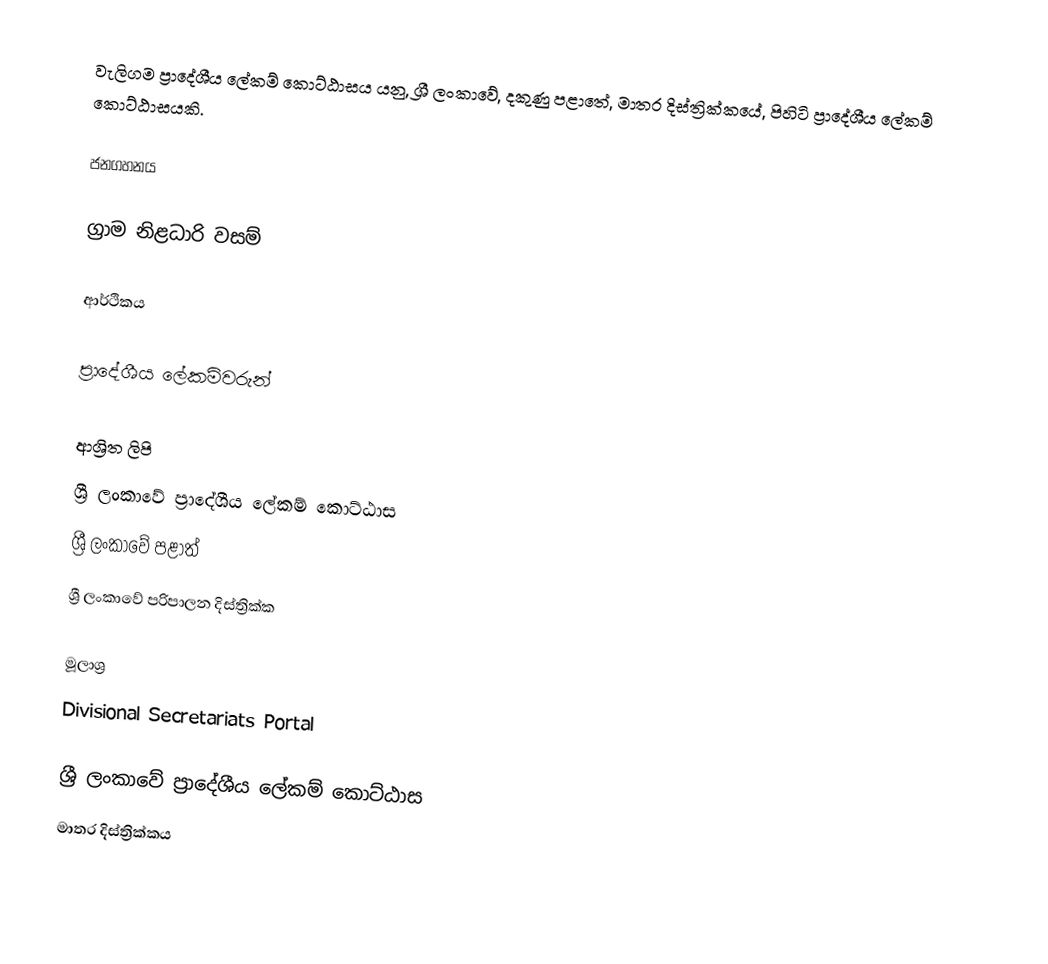
වැලිගම ප්‍රාදේශීය ලේකම් කොට්ඨාසය යනු,  ශ්‍රී ලංකාවේ, දකුණු පළාතේ,   මාතර දිස්ත්‍රික්කයේ, පිහිටි ප්‍රාදේශීය ලේකම් කොට්ඨාසයකි.

ජනගහනය

ග්‍රාම නිළධාරි වසම්

ආර්ථිකය

ප්‍රාදේශීය ලේකම්වරුන්

ආශ්‍රිත ලිපි
ශ්‍රී ලංකාවේ ප්‍රාදේශීය ලේකම් කොට්ඨාස
ශ්‍රී ලංකාවේ පළාත්
ශ්‍රී ලංකාවේ පරිපාලන දිස්ත්‍රික්ක

මූලාශ්‍ර
 Divisional Secretariats Portal

ශ්‍රී ලංකාවේ ප්‍රාදේශීය ලේකම් කොට්ඨාස
මාතර දිස්ත්‍රික්කය